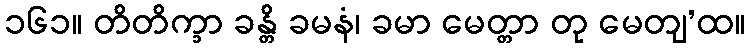
၁၆၁။ တိတိက္ခာ ခန္တိ ခမနံ၊ ခမာ မေတ္တာ တု မေတျ’ထ။